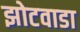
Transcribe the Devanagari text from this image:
झोटवाडा